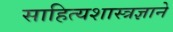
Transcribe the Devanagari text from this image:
साहित्यशास्त्रज्ञाने